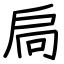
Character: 扃